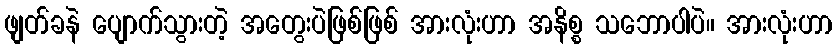
ဖျတ်ခနဲ ပျောက်သွားတဲ့ အတွေးပဲဖြစ်ဖြစ် အားလုံးဟာ အနိစ္စ သဘောပါပဲ။ အားလုံးဟာ